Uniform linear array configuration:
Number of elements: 24
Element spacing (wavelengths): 1
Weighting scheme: kaiser
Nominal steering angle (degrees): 0
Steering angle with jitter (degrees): -0.02132
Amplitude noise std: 0.05
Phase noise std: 0.05

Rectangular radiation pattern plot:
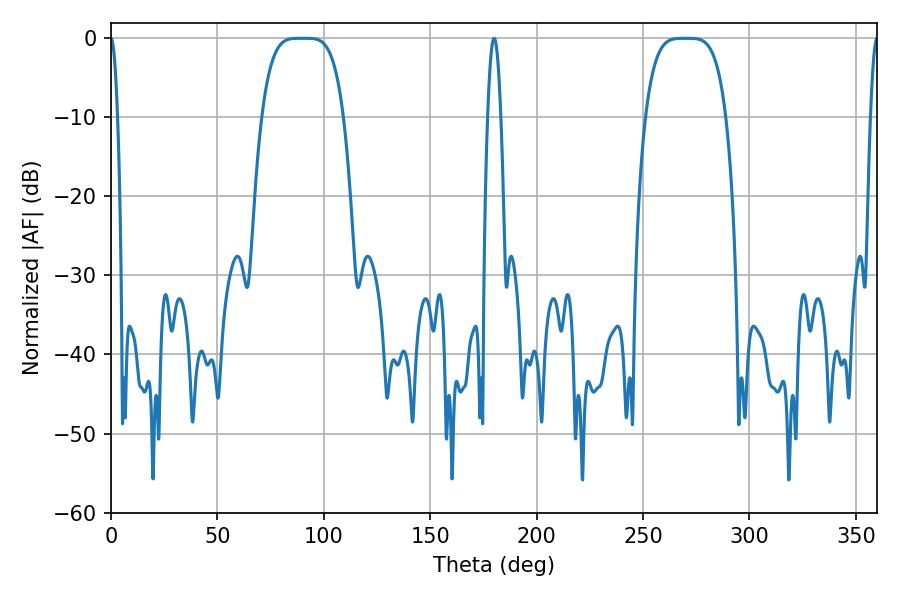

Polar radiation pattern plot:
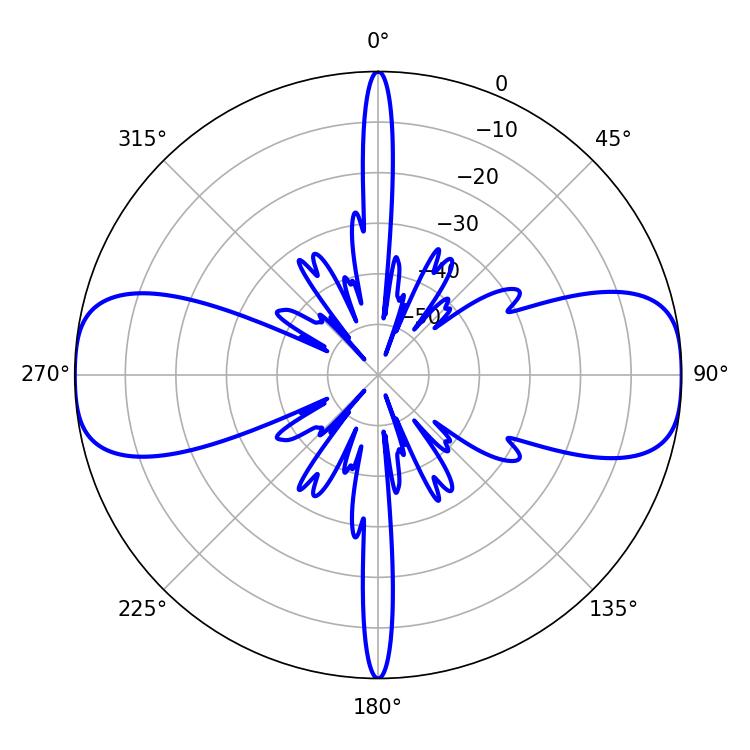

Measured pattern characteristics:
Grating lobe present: TRUE
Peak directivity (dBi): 23.289
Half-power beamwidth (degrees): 28.44
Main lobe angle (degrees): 88.56